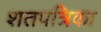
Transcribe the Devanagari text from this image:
शतपत्रिका